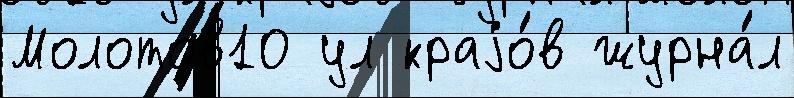
Молотов10 ул краjо́в журна́л